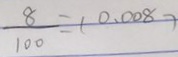
\frac { 8 } { 1 0 0 } = ( 0 . 0 0 8 )